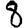
Digit: 8